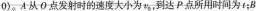
0)。A从O点发射时的速度大小为，到达P点所用时间为t；B